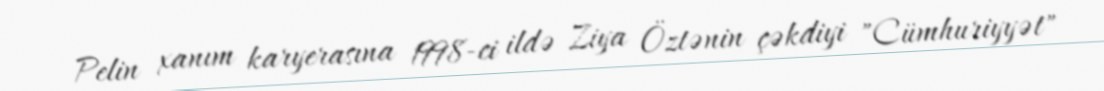
Pelin xanım karyerasına 1998-ci ildə Ziya Öztənin çəkdiyi "Cümhuriyyət"